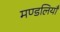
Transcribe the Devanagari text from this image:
मण्डलियाँ